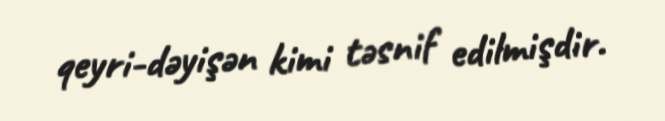
qeyri-dəyişən kimi təsnif edilmişdir.